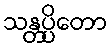
သန္တပ္ပိတော